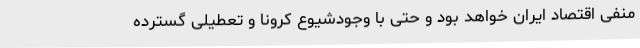
منفی اقتصاد ایران خواهد بود و حتی با وجودشیوع کرونا و تعطیلی گسترده